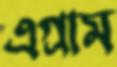
এগ্রাম